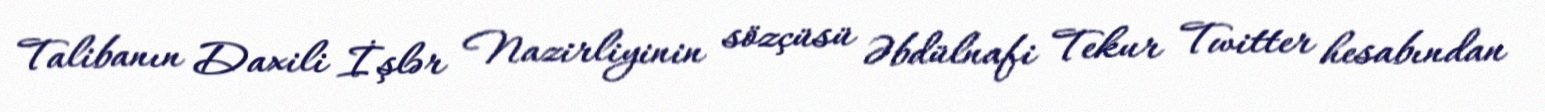
Talibanın Daxili İşlər Nazirliyinin sözçüsü Əbdülnafi Tekur Twitter hesabından